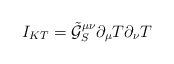
\begin{align*}I_{KT}=\tilde{\mathcal{G}}_S^{\mu\nu}\partial_{\mu}T\partial_{\nu}T\end{align*}